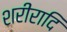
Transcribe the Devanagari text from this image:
शरीरादि